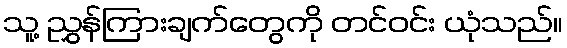
သူ့ ညွှန်ကြားချက်တွေကို တင်ဝင်း ယုံသည်။